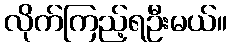
လိုက်ကြည့်ရဦးမယ်။